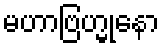
မဟာဗြဟ္မုနော